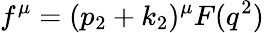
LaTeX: f^{\mu}=(p_{2}+k_{2})^{\mu}F(q^{2})